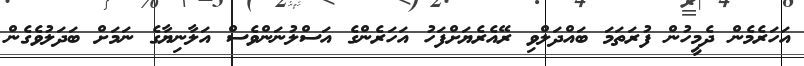
އަހަރެމެން ދެމީހުން ފުރަތަމަ ބައްދަލްވި ރޭއެރެޔަށްފަހު އަހަރެންގެ އަސްލުނަންވެސް އަލާނިޔާގެ ނަމަށް ބަދަލުވެގެން